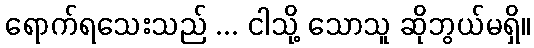
ရောက်ရသေးသည် ... ငါသို့ သောသူ ဆိုဘွယ်မရှိ။